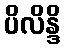
ပိလိန္ဒိ